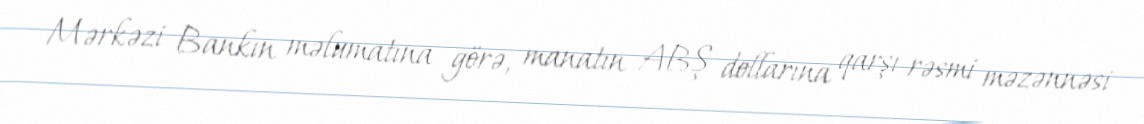
Mərkəzi Bankın məlumatına görə, manatın ABŞ dollarına qarşı rəsmi məzənnəsi